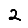
Digit: 2